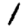
Digit: 1